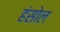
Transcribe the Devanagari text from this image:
हंसोल